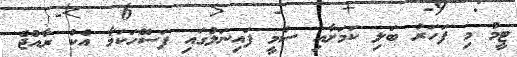
ޓީމު މި ފަހަރު ބަލި ކަމަށާއި ސެމީ ފައިނަލުގައި ފަސޭހަކަމާ އެކު ރާއްޖެ